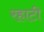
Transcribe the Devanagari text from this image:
रहाटी